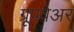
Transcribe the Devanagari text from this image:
ग्रूपवेअर